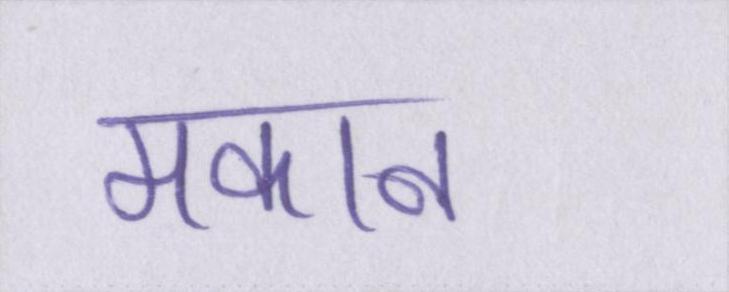
मकान